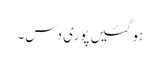
ہو گئیں پوری دس۔